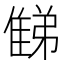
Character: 𨿘